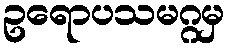
ဥရောပသမဂ္ဂမှ